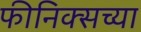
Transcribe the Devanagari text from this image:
फीनिक्सच्या